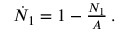
\begin{array} { r } { \dot { N } _ { 1 } = 1 - \frac { N _ { 1 } } { A } \, . } \end{array}